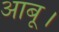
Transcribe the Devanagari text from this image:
आबू।